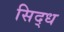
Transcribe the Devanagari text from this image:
सिद्‌ध